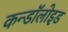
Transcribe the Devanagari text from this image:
कन्डॉलोइड